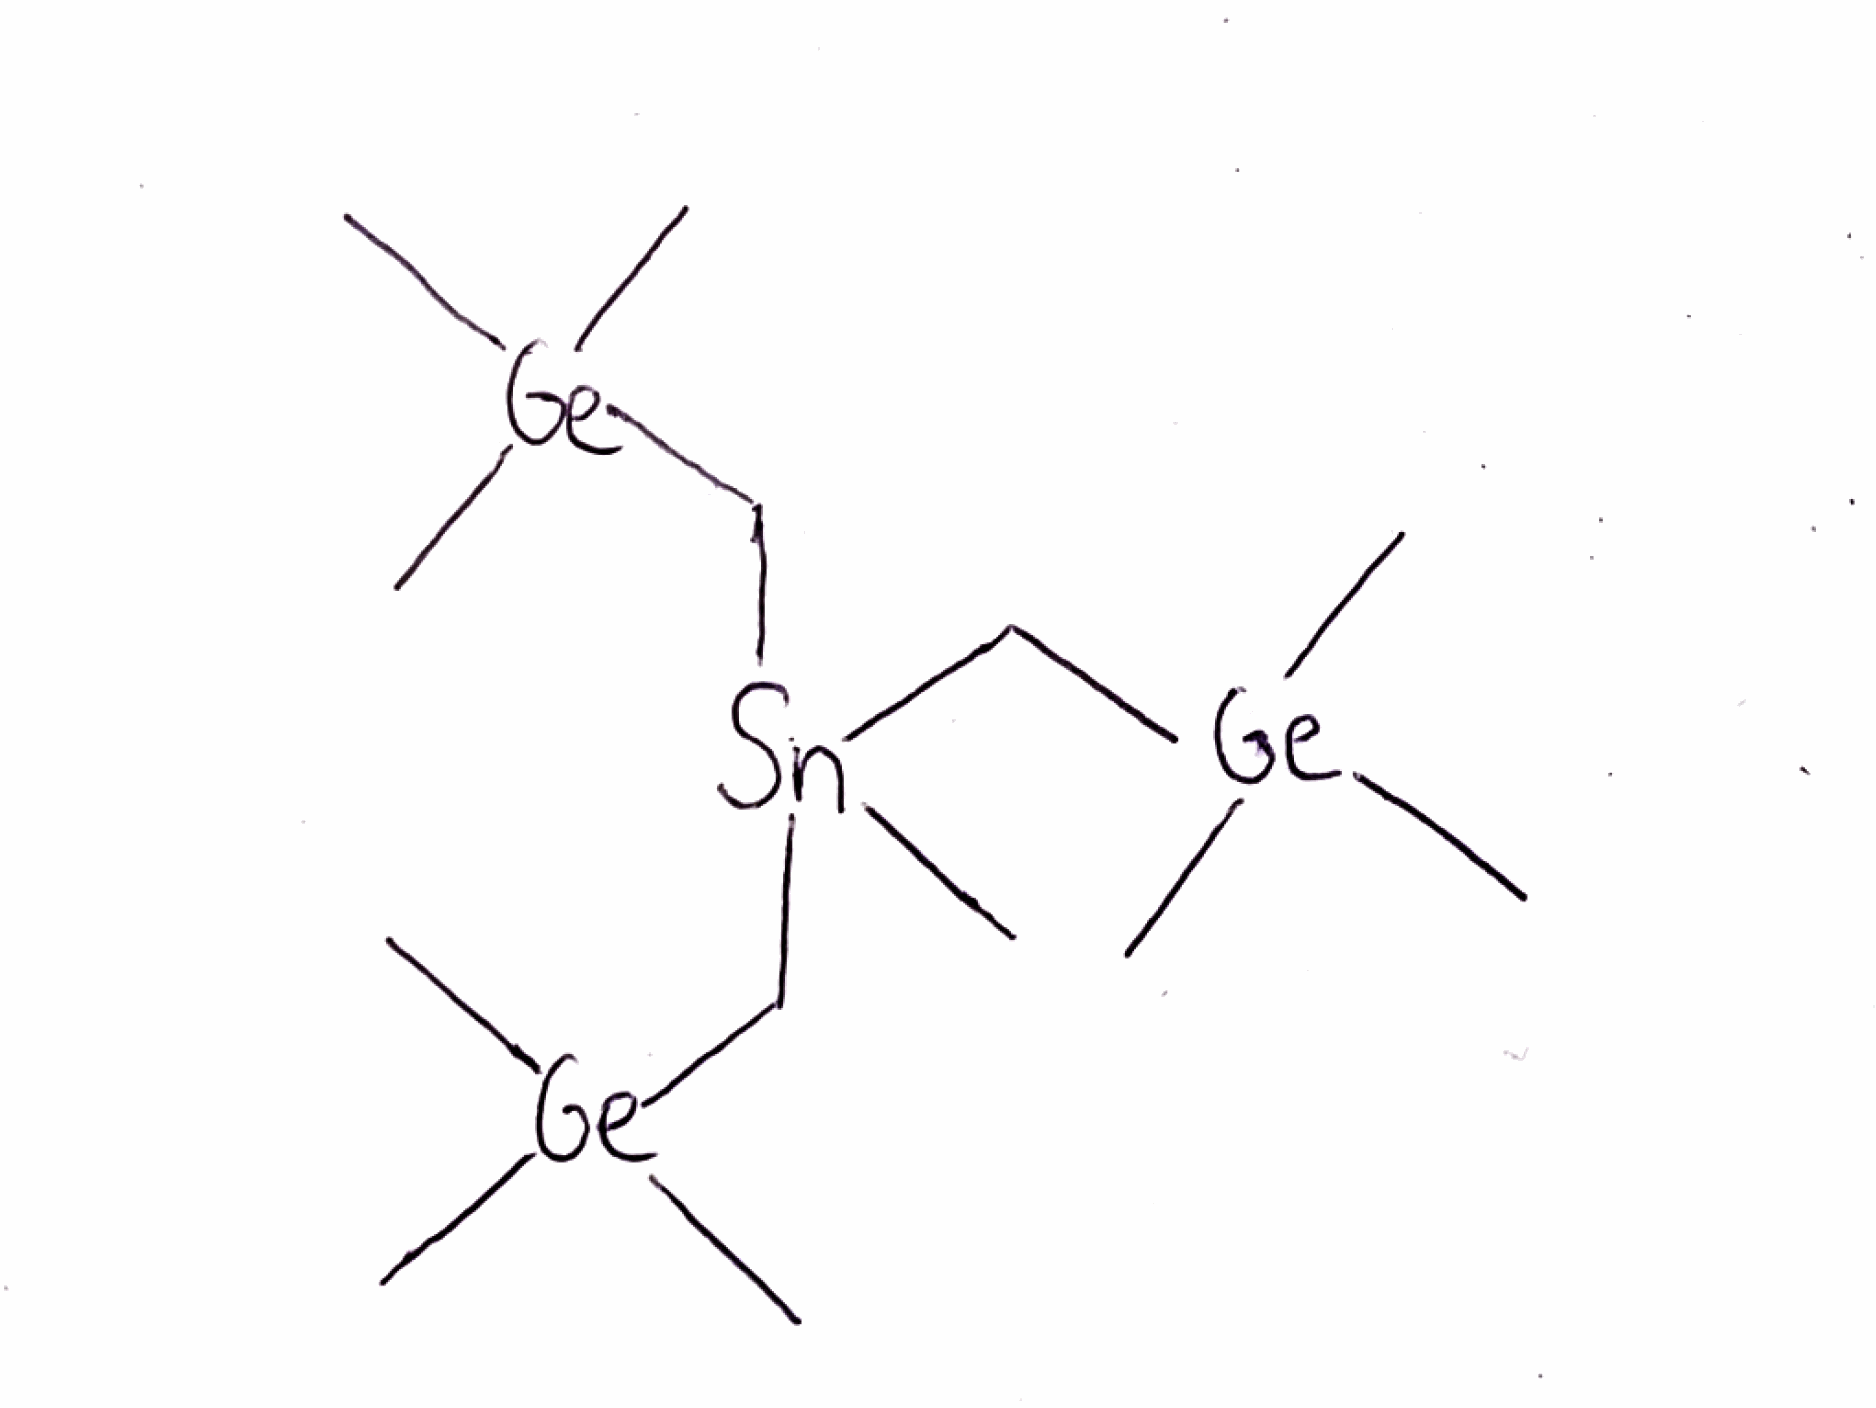
Simplified molecular-input line-entry system (SMILES) notation of the given molecule:
C[Ge](C)(C)C[Sn](C)(C[Ge](C)(C)C)C[Ge](C)(C)C